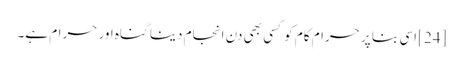
[24] اسی بنا پر حرام کام کو کسی بھی دن انجام دینا گناہ اور حرام ہے۔